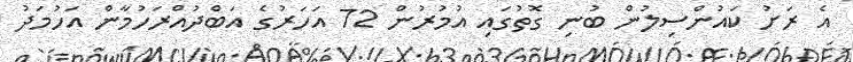
އެ ރަށު ކައުންސިލުން ބުނި ގޮތުގައި އުމުރުން 72 އަހަރުގެ އަބްދުއްރަހުމާން އަހުމަދު